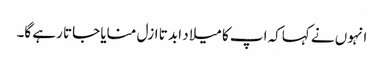
انہوں نے کہاکہ اپ کا میلا د ابد تا ازل منایا جاتا رہے گا۔